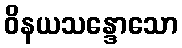
ဝိနယသန္ဒောသော